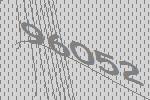
96052